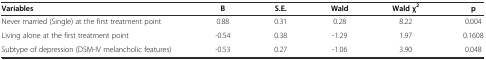
<table><thead><tr><td><b>Variables</b></td><td><b>B</b></td><td><b>S.E.</b></td><td><b>Wald</b></td><td><b>Wald χ<sup>2</sup></b></td><td><b>p</b></td></tr></thead><tbody><tr><td>Never married (Single) at the first treatment point</td><td>0.88</td><td>0.31</td><td>0.28</td><td>8.22</td><td>0.004</td></tr><tr><td>Living alone at the first treatment point</td><td>-0.54</td><td>0.38</td><td>-1.29</td><td>1.97</td><td>0.1608</td></tr><tr><td>Subtype of depression (DSM-IV melancholic features)</td><td>-0.53</td><td>0.27</td><td>-1.06</td><td>3.90</td><td>0.048</td></tr></tbody></table>